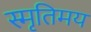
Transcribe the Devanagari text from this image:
स्मृतिमय